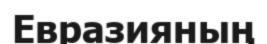
Евразияның